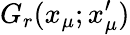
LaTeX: G_{r}(x_{\mu};x_{\mu}^{\prime})